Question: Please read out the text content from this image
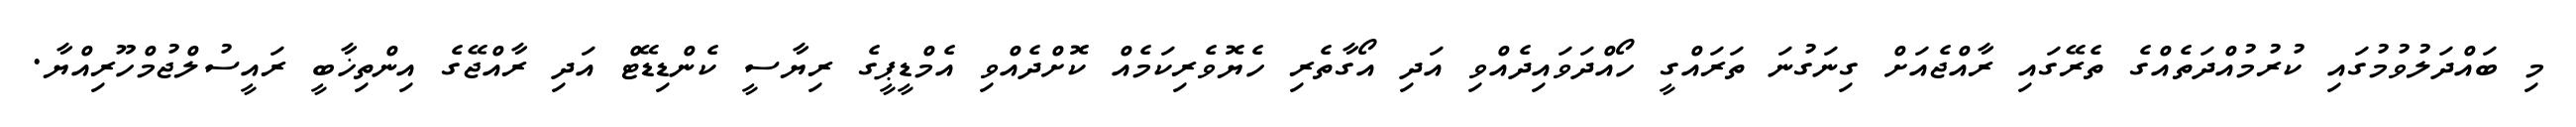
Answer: މި ބައްދަލުވުމުގައި ކުރުމުއްދަތެއްގެ ތެރޭގައި ރާއްޖެއަށް ގިނަގުނަ ތަރައްގީ ހޯއްދަވައިދެއްވި އަދި އޯގާތެރި ހެޔޮވެރިކަމެއް ކޮށްދެއްވި އެމްޑީޕީގެ ރިޔާސީ ކެންޑިޑޭޓް އަދި ރާއްޖޭގެ އިންތިޚާބީ ރައީސުލްޖުމްހޫރިއްޔާ.